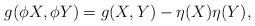
LaTeX: \begin{align*}g(\phi X,\phi Y) = g(X,Y)-\eta(X)\eta(Y),\end{align*}